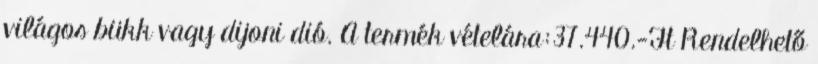
világos bükk vagy dijoni dió. A termék vételára:37.440.-Ft Rendelhető